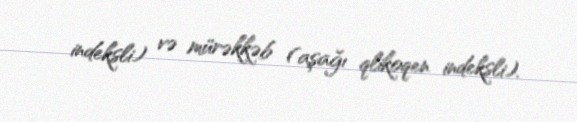
indeksli) və mürəkkəb (aşağı qlikoqen indeksli).